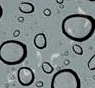
البرلمان